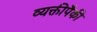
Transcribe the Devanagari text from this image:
व्यक्तीपैकी